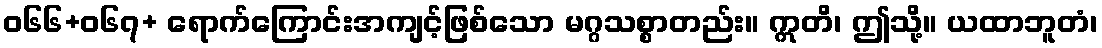
ဝ၆၆+၀၆၇+ ရောက်ကြောင်းအကျင့်ဖြစ်သော မဂ္ဂသစ္စာတည်း။ ဣတိ၊ ဤသို့။ ယထာဘူတံ၊